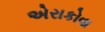
એરાકોવા